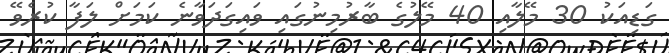
ގަޑިއަކު 30 މޭލާއި 40 މޭލުގެ ބާރުމިނުގައި ވައިގަދަވާނެ ކަމަށް ލަފާ ކުރެވޭ